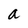
Character: a